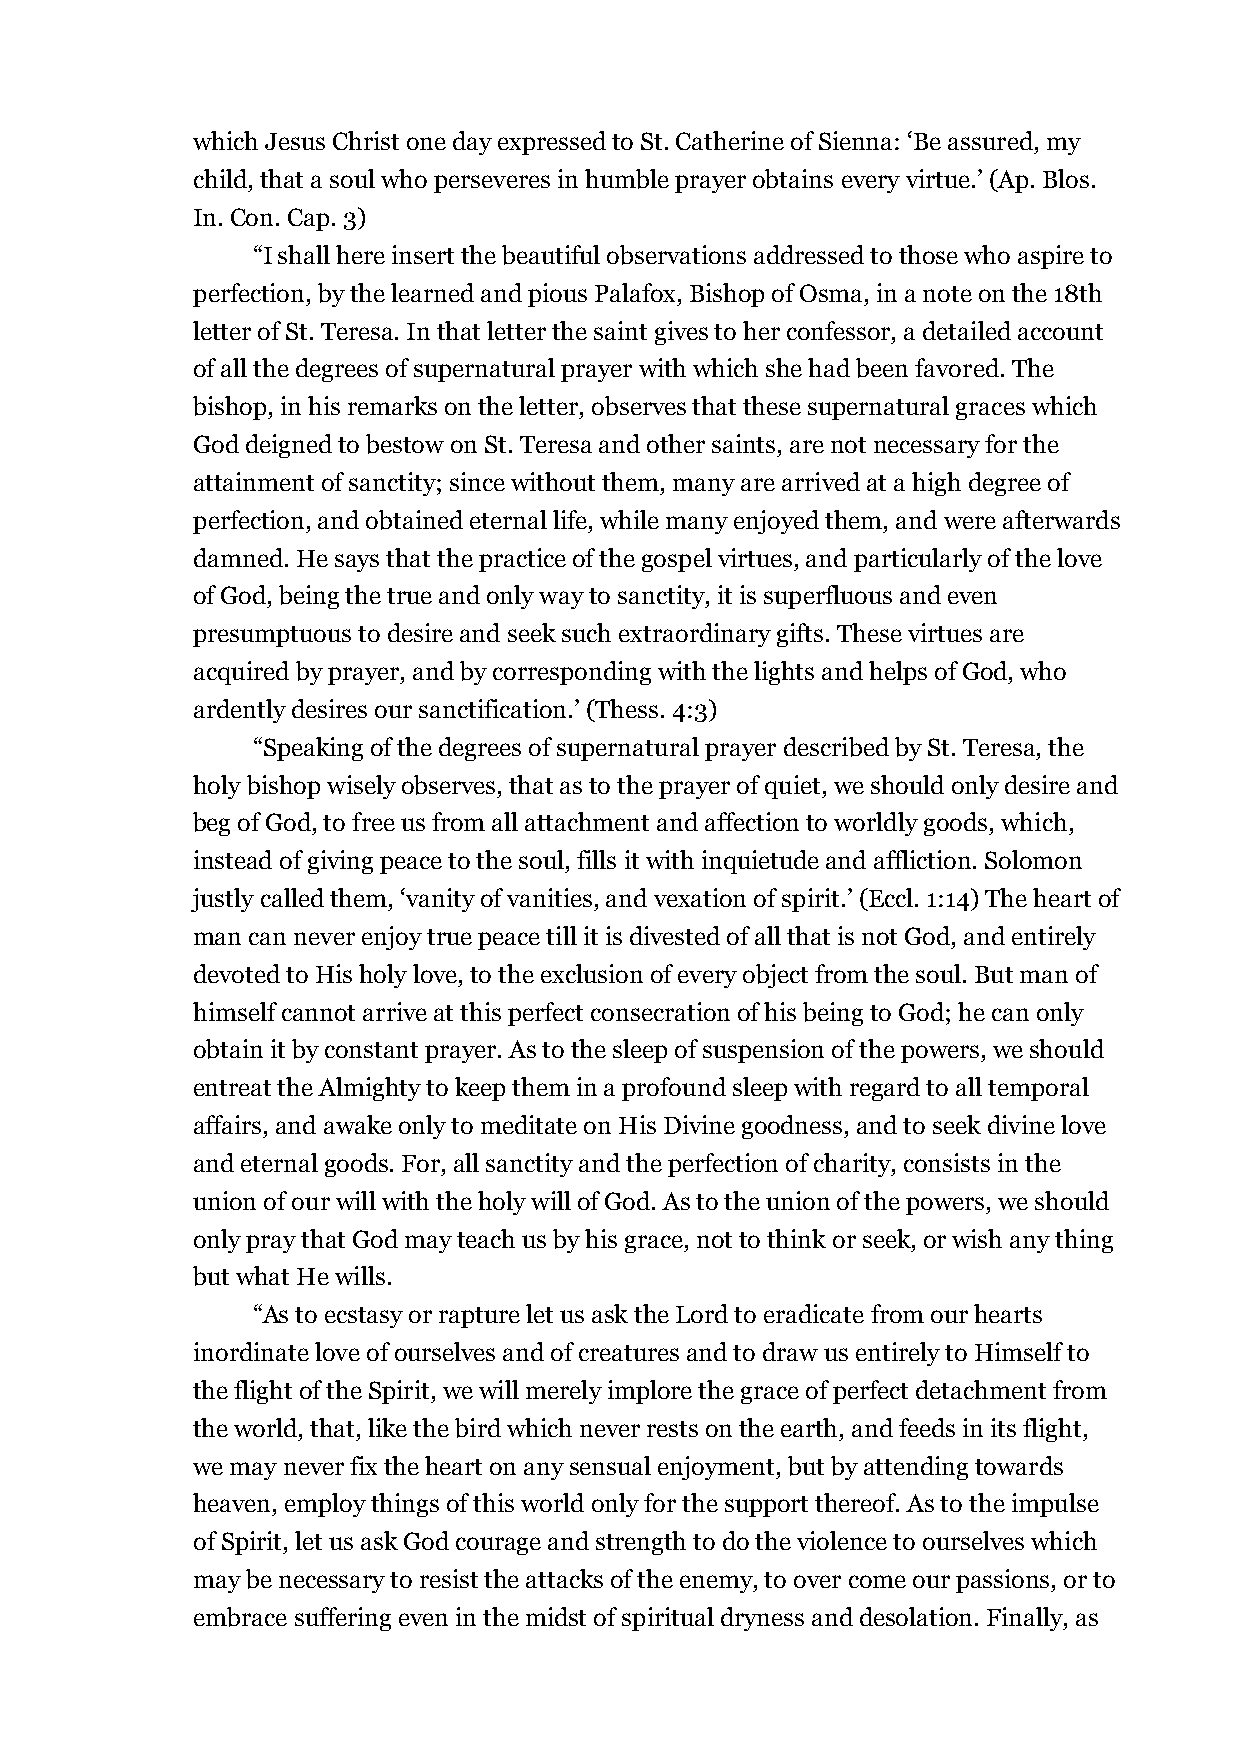
which Jesus Christ one day expressed to St. Catherine of Sienna: ‘Be assured, my
 child, that a soul who perseveres in humble prayer obtains every virtue.’ (Ap. Blos.
 In. Con. Cap. 3)
 “I shall here insert the beautiful observations addressed to those who aspire to
 perfection, by the learned and pious Palafox, Bishop of Osma, in a note on the 18th
 letter of St. Teresa. In that letter the saint gives to her confessor, a detailed account
 of all the degrees of supernatural prayer with which she had been favored. The
 bishop, in his remarks on the letter, observes that these supernatural graces which
 God deigned to bestow on St. Teresa and other saints, are not necessary for the
 attainment of sanctity; since without them, many are arrived at a high degree of
 perfection, and obtained eternal life, while many enjoyed them, and were afterwards
 damned. He says that the practice of the gospel virtues, and particularly of the love
 of God, being the true and only way to sanctity, it is superfluous and even
 presumptuous to desire and seek such extraordinary gifts. These virtues are
 acquired by prayer, and by corresponding with the lights and helps of God, who
 ardently desires our sanctification.’ (Thess. 4:3)
 “Speaking of the degrees of supernatural prayer described by St. Teresa, the
 holy bishop wisely observes, that as to the prayer of quiet, we should only desire and
 beg of God, to free us from all attachment and affection to worldly goods, which,
 instead of giving peace to the soul, fills it with inquietude and affliction. Solomon
 justly called them, ‘vanity of vanities, and vexation of spirit.’ (Eccl. 1:14) The heart of
 man can never enjoy true peace till it is divested of all that is not God, and entirely
 devoted to His holy love, to the exclusion of every object from the soul. But man of
 himself cannot arrive at this perfect consecration of his being to God; he can only
 obtain it by constant prayer. As to the sleep of suspension of the powers, we should
 entreat the Almighty to keep them in a profound sleep with regard to all temporal
 affairs, and awake only to meditate on His Divine goodness, and to seek divine love
 and eternal goods. For, all sanctity and the perfection of charity, consists in the
 union of our will with the holy will of God. As to the union of the powers, we should
 only pray that God may teach us by his grace, not to think or seek, or wish any thing
 but what He wills.
 “As to ecstasy or rapture let us ask the Lord to eradicate from our hearts
 inordinate love of ourselves and of creatures and to draw us entirely to Himself to
 the flight of the Spirit, we will merely implore the grace of perfect detachment from
 the world, that, like the bird which never rests on the earth, and feeds in its flight,
 we may never fix the heart on any sensual enjoyment, but by attending towards
 heaven, employ things of this world only for the support thereof. As to the impulse
 of Spirit, let us ask God courage and strength to do the violence to ourselves which
 may be necessary to resist the attacks of the enemy, to over come our passions, or to
 embrace suffering even in the midst of spiritual dryness and desolation. Finally, as